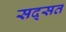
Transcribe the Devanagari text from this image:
सद्सत